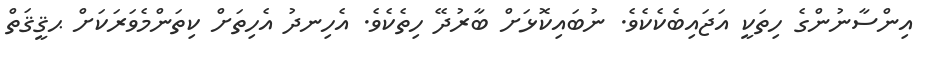
އިންސާނުންގެ ހިތަކީ އަޖައިބެކެކެވެ. ނުބައިކޮޅަށް ބާރުދޭ ހިތެކެވެ. އެހިނދު އެހިތަށް ކިތަންމެވަރަކަށް ޙޤީޤަތް